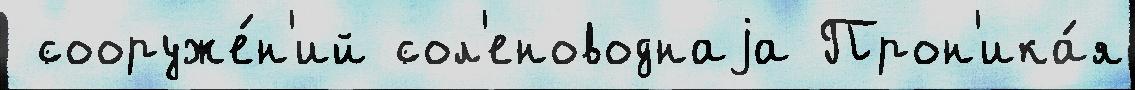
 сооруже́н'ий сол'еноводнаjа Прон'ика́я